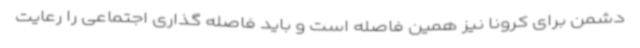
دشمن برای کرونا نیز همین فاصله است و باید فاصله گذاری اجتماعی را رعایت